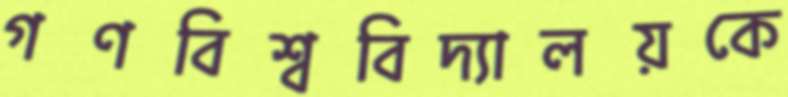
গণবিশ্ববিদ্যালয়কে